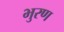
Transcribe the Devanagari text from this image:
भुरण